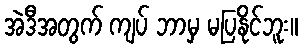
အဲဒီအတွက် ကျပ် ဘာမှ မပြနိုင်ဘူး။